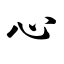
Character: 心